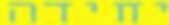
יחידה